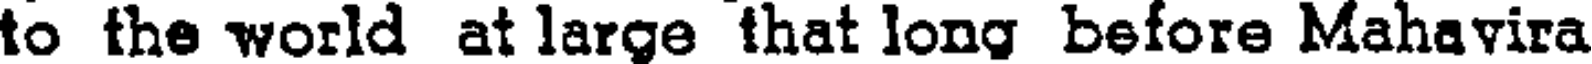
to the world at large that long before Mahavira